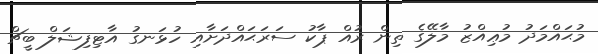
މުޙައްމަދު މުޢިއްޒު މާލޭގެ ތިން ރުއް ޕާކު ސަރަޙައްދަށާއި ހުޅަނގު އާޓިފިޝަލް ބީޗް